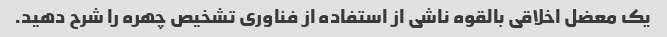
یک معضل اخلاقی بالقوه ناشی از استفاده از فناوری تشخیص چهره را شرح دهید.